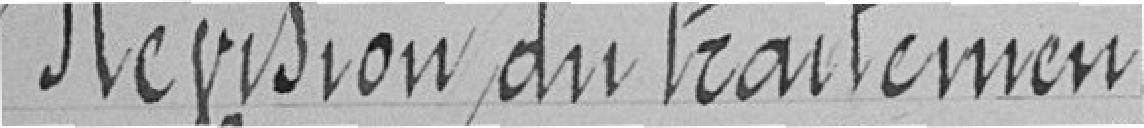
Révision du traitement